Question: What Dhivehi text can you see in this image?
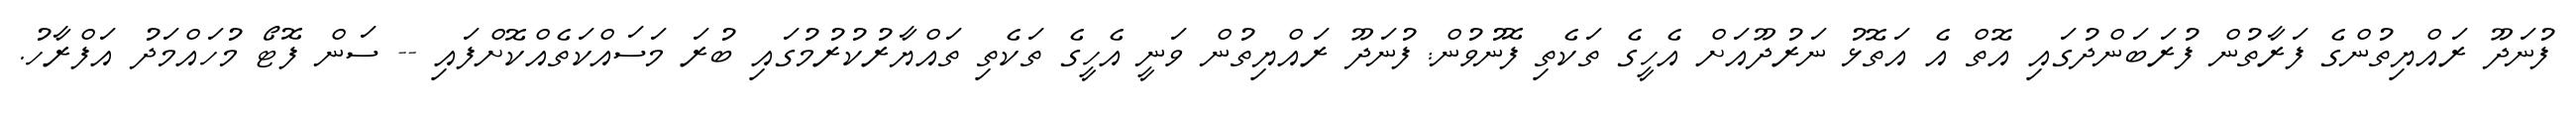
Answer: ފުނަދޫ ރައްޔިތުންގެ ފަރާތުން ފުރަބަންދުގައި އޮތް އެ އަތޮޅު ނަރުދޫއަށް އެހީގެ ތަކެތި ފޮނުވުން: ފުނަދޫ ރައްޔިތުން ވަނީ އެހީގެ ތަކެތި ތައްޔާރުކުރުމުގައި ބުރަ މަސައްކަތެއްކޮށްފައި -- ސަން ފޮޓޯ މުހައްމަދު އަފްރާހު.